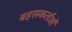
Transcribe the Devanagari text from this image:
बहसकर्ताओं